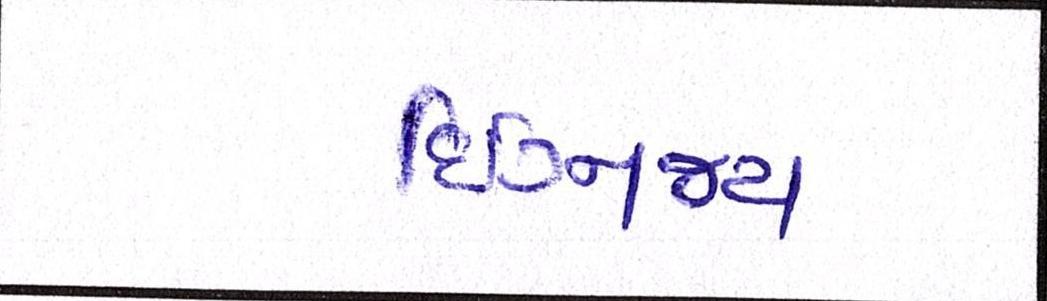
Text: દિગ્વિજય